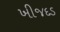
ખીજદડ